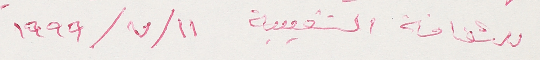
للثقافة الشعبية ١١/ ٧/ ١٩٩٩